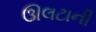
ઊલટાની